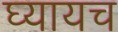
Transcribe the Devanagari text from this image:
घ्यायच